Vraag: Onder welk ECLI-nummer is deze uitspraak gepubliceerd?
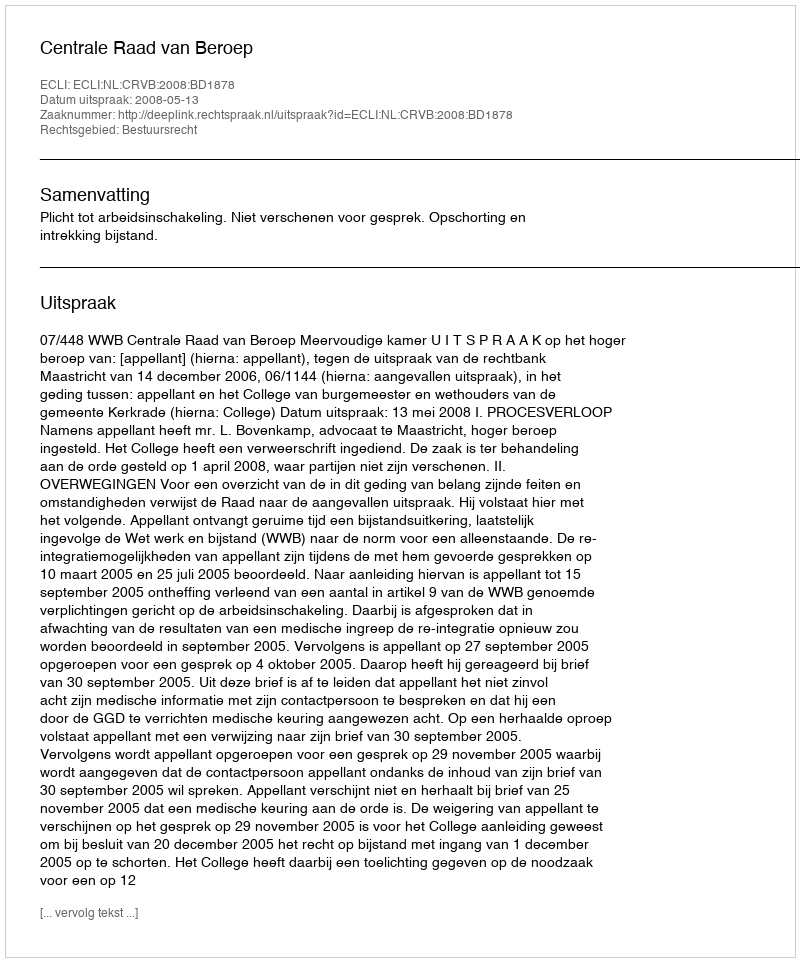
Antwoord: ECLI:NL:CRVB:2008:BD1878